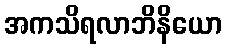
အကသိရလာဘိနိယော